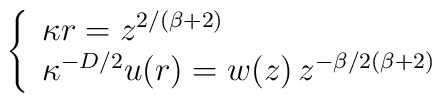
\left\{   \begin{array}{l}\kappa r =  z^{2/(\beta + 2)}\\ \nonumber\kappa^{-D/2} u (r)  =  w (z)  \,z^{-\beta/2(\beta + 2)}\end{array}\right.\;